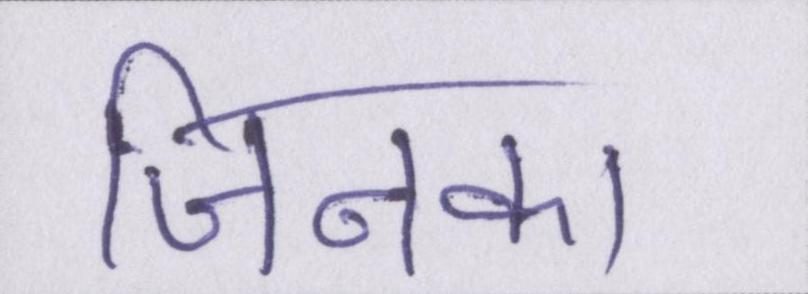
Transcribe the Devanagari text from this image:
जिनका